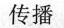
传播